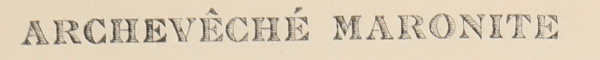
ARCHEVÊCHÉ MARONITE